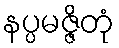
နပ္ပမဇ္ဇိတုံ